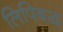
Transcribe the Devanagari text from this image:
लिपिबद्व